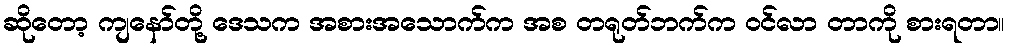
ဆိုတော့ ကျနော်တို့ ဒေသက အစားအသောက်က အစ တရုတ်ဘက်က ဝင်လာ တာကို စားရတာ။